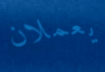
يعملان